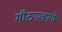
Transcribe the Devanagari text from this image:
मीठगव्हाणे